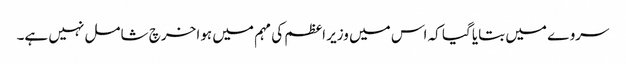
سروے میں بتایا گیا کہ اس میں وزیر اعظم کی مہم میں ہوا خرچ شامل نہیں ہے۔